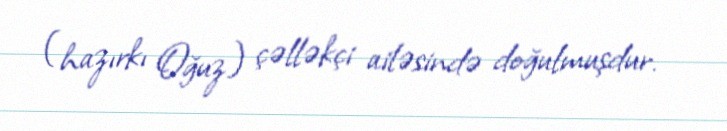
(hazırkı Oğuz) çəlləkçi ailəsində doğulmuşdur.